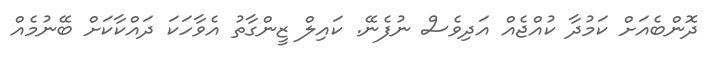
ދޮންބެއަށް ކަމުދާ ކުއްޖެއް އަދިވެސް ނުފެނޭ. ކައިލް ޒީންގާތު އެވާހަކަ ދައްކާކަށް ބޭނުމެއް